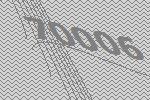
70006